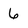
Character: 6